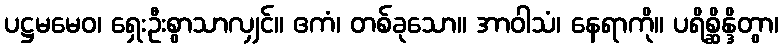
ပဋ္ဌမမေဝ၊ ရှေးဦးစွာသာလျှင်။ ဧကံ၊ တစ်ခုသော။ အာဝါသံ၊ နေရာကို။ ပရိစ္ဆိန္ဒိတွာ၊